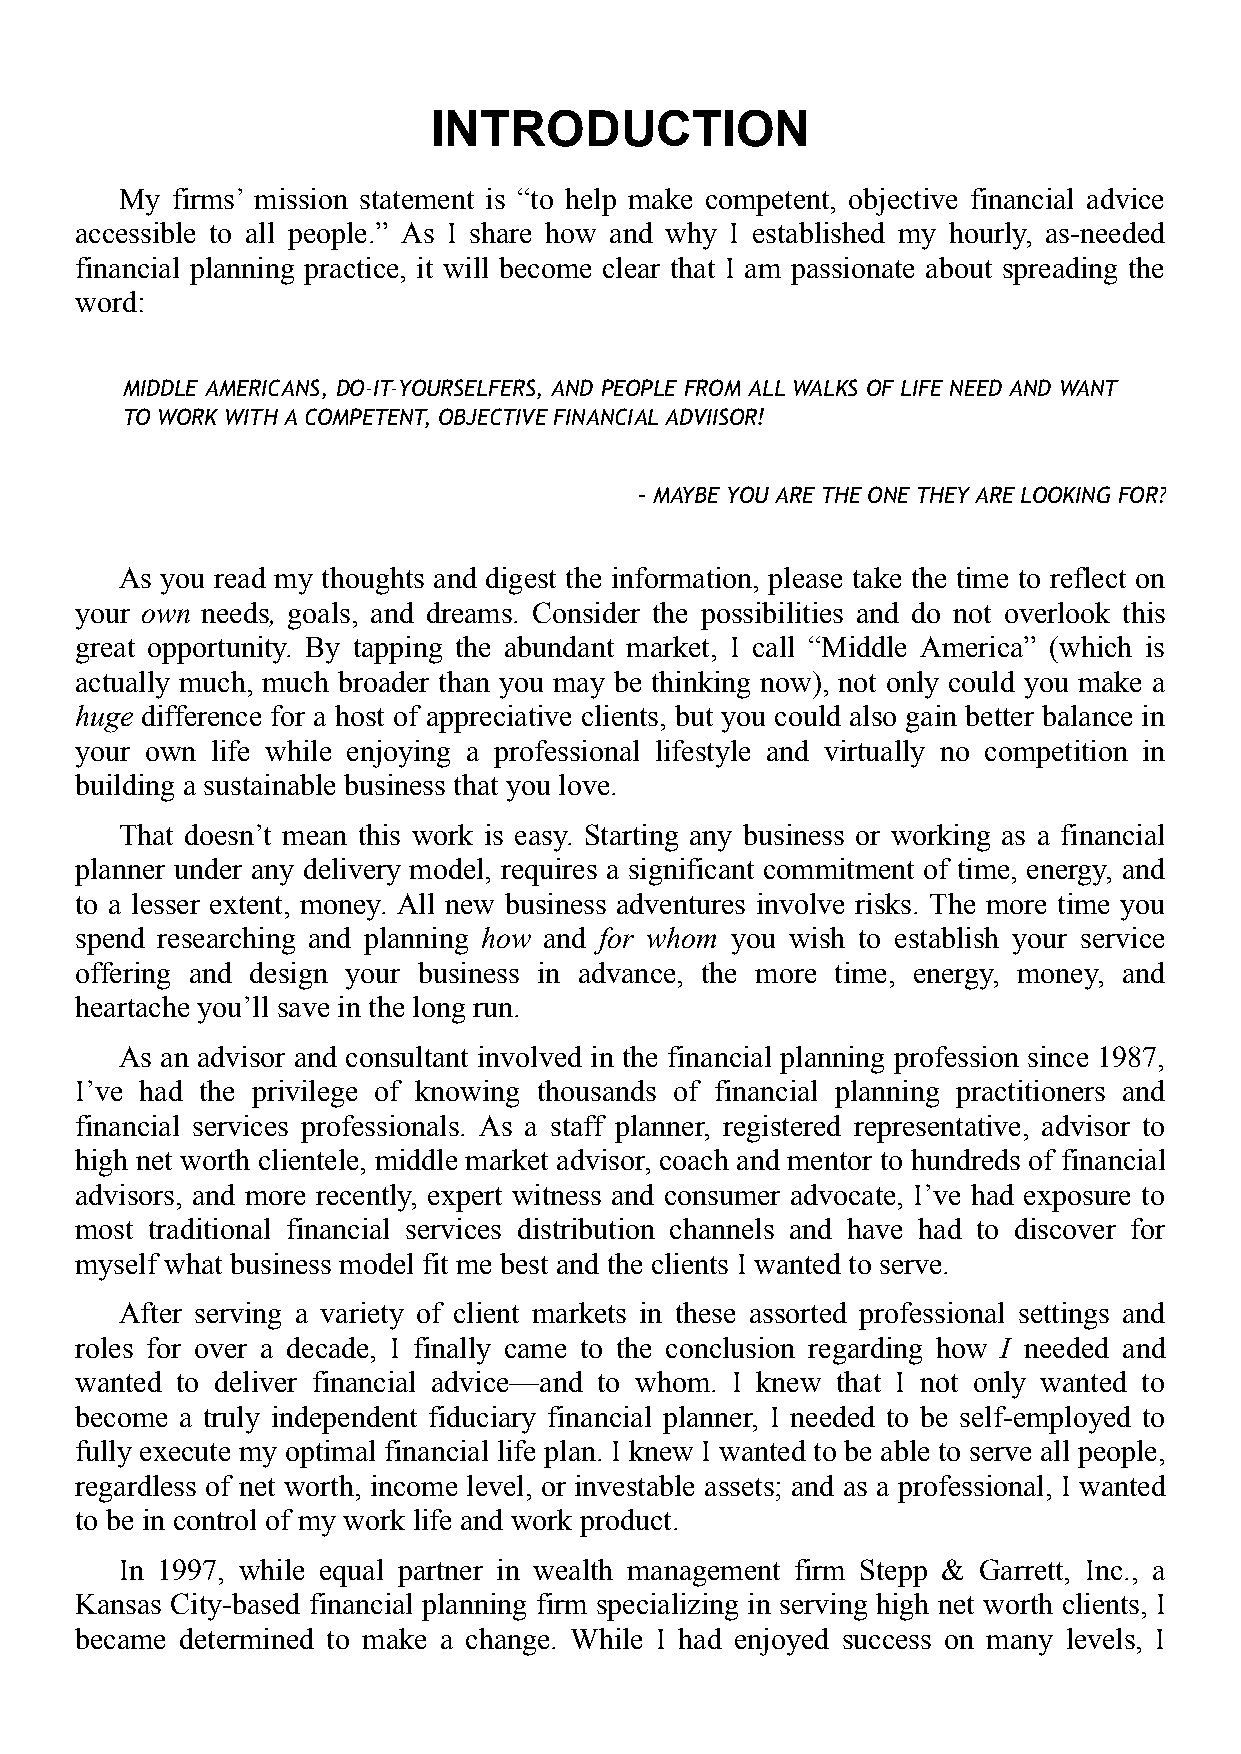
INTRODUCTION
 My firms’ mission statement is “to help make competent, objective financial advice
 accessible to all people.” As I share how and why I established my hourly, as-needed
 financial planning practice, it will become clear that I am passionate about spreading the
 word:
 MIDDLE AMERICANS, DO-IT-YOURSELFERS, AND PEOPLE FROM ALL WALKS OF LIFE NEED AND WANT
 TO WORK WITH A COMPETENT, OBJECTIVE FINANCIAL ADVIISOR!
 – MAYBE YOU ARE THE ONE THEY ARE LOOKING FOR?
 As you read my thoughts and digest the information, please take the time to reflect on
 your own needs, goals, and dreams. Consider the possibilities and do not overlook this
 great opportunity. By tapping the abundant market, I call “Middle America” (which is
 actually much, much broader than you may be thinking now), not only could you make a
 huge difference for a host of appreciative clients, but you could also gain better balance in
 your own life while enjoying a professional lifestyle and virtually no competition in
 building a sustainable business that you love.
 That doesn’t mean this work is easy. Starting any business or working as a financial
 planner under any delivery model, requires a significant commitment of time, energy, and
 to a lesser extent, money. All new business adventures involve risks. The more time you
 spend researching and planning how and for whom you wish to establish your service
 offering and design your business in advance, the more time, energy, money, and
 heartache you’ll save in the long run.
 As an advisor and consultant involved in the financial planning profession since 1987,
 I’ve had the privilege of knowing thousands of financial planning practitioners and
 financial services professionals. As a staff planner, registered representative, advisor to
 high net worth clientele, middle market advisor, coach and mentor to hundreds of financial
 advisors, and more recently, expert witness and consumer advocate, I’ve had exposure to
 most traditional financial services distribution channels and have had to discover for
 myself what business model fit me best and the clients I wanted to serve.
 After serving a variety of client markets in these assorted professional settings and
 roles for over a decade, I finally came to the conclusion regarding how I needed and
 wanted to deliver financial advice—and to whom. I knew that I not only wanted to
 become a truly independent fiduciary financial planner, I needed to be self-employed to
 fully execute my optimal financial life plan. I knew I wanted to be able to serve all people,
 regardless of net worth, income level, or investable assets; and as a professional, I wanted
 to be in control of my work life and work product.
 In 1997, while equal partner in wealth management firm Stepp & Garrett, Inc., a
 Kansas City-based financial planning firm specializing in serving high net worth clients, I
 became determined to make a change. While I had enjoyed success on many levels, I